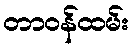
တာဝန်ထမ်း